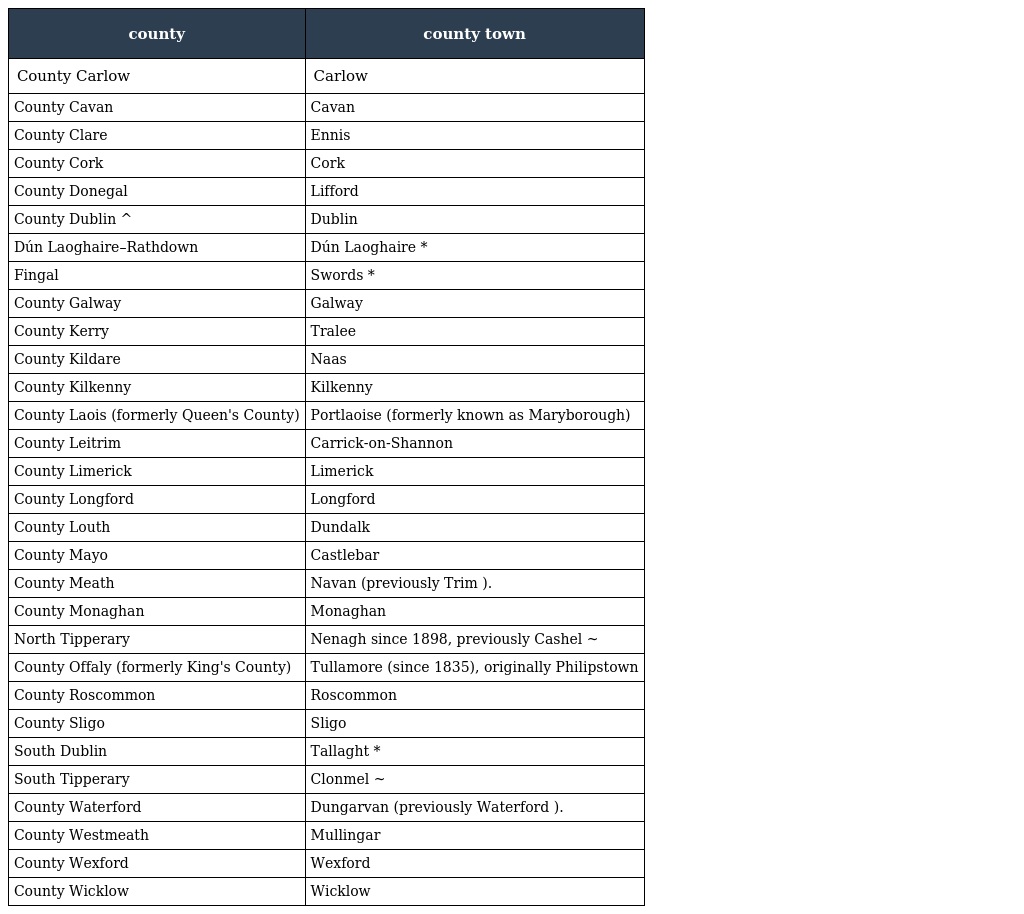
| county | county town |
 | --- | --- |
 | County Carlow | Carlow |
 | County Cavan | Cavan |
 | County Clare | Ennis |
 | County Cork | Cork |
 | County Donegal | Lifford |
 | County Dublin ^ | Dublin |
 | Dún Laoghaire–Rathdown | Dún Laoghaire * |
 | Fingal | Swords * |
 | County Galway | Galway |
 | County Kerry | Tralee |
 | County Kildare | Naas |
 | County Kilkenny | Kilkenny |
 | County Laois (formerly Queen's County) | Portlaoise (formerly known as Maryborough) |
 | County Leitrim | Carrick-on-Shannon |
 | County Limerick | Limerick |
 | County Longford | Longford |
 | County Louth | Dundalk |
 | County Mayo | Castlebar |
 | County Meath | Navan (previously Trim ). |
 | County Monaghan | Monaghan |
 | North Tipperary | Nenagh since 1898, previously Cashel ~ |
 | County Offaly (formerly King's County) | Tullamore (since 1835), originally Philipstown |
 | County Roscommon | Roscommon |
 | County Sligo | Sligo |
 | South Dublin | Tallaght * |
 | South Tipperary | Clonmel ~ |
 | County Waterford | Dungarvan (previously Waterford ). |
 | County Westmeath | Mullingar |
 | County Wexford | Wexford |
 | County Wicklow | Wicklow |